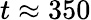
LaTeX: t\approx 350